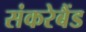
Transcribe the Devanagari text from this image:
संकरेबैंड